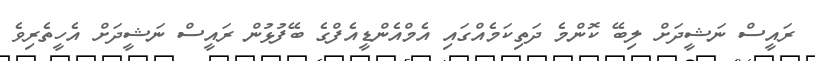
ރައީސް ނަޝީދަށް ލިބޭ ކޮންމެ ދަތިކަމެއްގައި އެމްއެންޑީއެފްގެ ބޭފުޅުން ރައީސް ނަޝީދަށް އެހީތެރިވެ